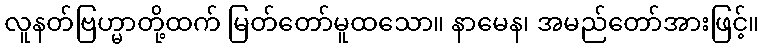
လူနတ်ဗြဟ္မာတို့ထက် မြတ်တော်မူထသော။ နာမေန၊ အမည်တော်အားဖြင့်။